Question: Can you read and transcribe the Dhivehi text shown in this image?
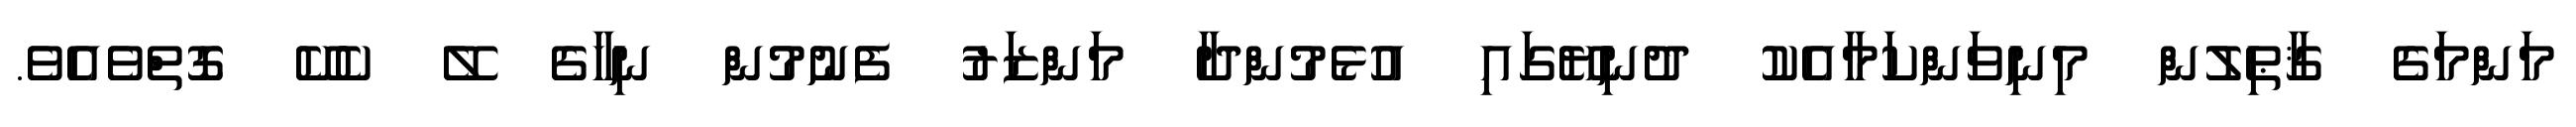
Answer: މަންމަގެ ޤާޠިލުން މިނިވަންކަމާއެކު ދުނިޔޭގައި އުޅެމުންދާ މަންޒަރު ފެނުމުން ނިހާގެ ލޭ ކެކޭ ގޮތްވެއެވެ.